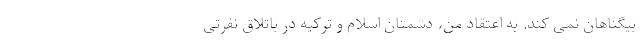
بیگناهان نمی کند. به اعتقاد من، دشمنان اسلام و ترکیه در باتلاق نفرتی